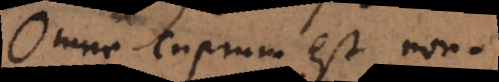
omne cuprum est non